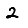
Digit: 2